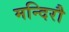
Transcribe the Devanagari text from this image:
मन्दिरौ